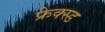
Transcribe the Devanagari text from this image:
फ्रेक्स्ड